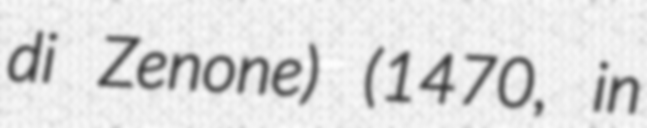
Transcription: di Zenone) (1470, in